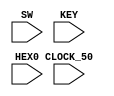
module divider (CLOCK_50, SW, KEY, HEX0);

    input CLOCK_50;
    input [1:0] SW;
    input [1:0] KEY;
    input [6:0] HEX0;
    wire [31:0] ratedivider_out;
    wire [3:0] displaycounter_out;
    wire displaycounter_enable;
    reg [31:0] period;

    assign displaycounter_enable = (ratedivider_out == 0) ? 1 : 0;

    always @ (SW)
    begin
        case(SW[1:0])
            2'b00: period <= 1;
            2'b01: period <= 50000000;
            2'b10: period <= 100000000;
            2'b11: period <= 200000000;
            default: period <= 0;
        endcase
    end

    ratedivider u0 (
        .clock(CLOCK_50),
        .reset_n(KEY[0]),
        .period(period),
        .q(ratedivider_out)
    );

    displaycounter u1 (
        .clock(CLOCK_50),
        .reset_n(KEY[0]),
        .enable(displaycounter_enable),
        .q(displaycounter_out)
    );

    sevenseg u2 (
        .Data(displaycounter_out),
        .Display(HEX0)
    );

endmodule


module ratedivider (clock, period, reset_n, q);

    input clock;
    input reset_n;
    input [31:0] period;
    output reg [31:0] q;

    always @(posedge clock)
    begin
        if (reset_n == 1'b0)
            q <= period - 1;
        else
            begin
                if (q == 0)
                    q <= period - 1;
                else
                    q <= q - 1'b1;
        end
    end

endmodule


module displaycounter (clock, reset_n, enable, q);

    input clock;
    input reset_n;
    input enable;
    output reg [3:0] q;

    always @(posedge clock)
    begin
        if (reset_n == 1'b0)
            q <= 0;
        else if (enable == 1'b1)
            begin
                if (q == 4'b1111)
                    q <= 0;
                else
                    q <= q + 1'b1;
            end
    end

endmodule


module sevenseg (Display, Data);
	input[3:0] Data;
	output[6:0] Display;

	assign Display[0] = ~Data[3] & ~Data[2] & ~Data[1] &  Data[0] |
			 ~Data[3] &  Data[2] & ~Data[1] & ~Data[0] |
			  Data[3] &  Data[2] & ~Data[1] &  Data[0] |
			  Data[3] & ~Data[2] &  Data[1] &  Data[0];

	assign Display[1] = ~Data[3] &  Data[2] & ~Data[1] &  Data[0] |
			  Data[3] &  Data[2] & ~Data[1] & ~Data[0] |
			  Data[3] &           Data[1] &  Data[0] |
			           Data[2] &  Data[1] & ~Data[0];

	assign Display[2] =  Data[3] &  Data[2] & ~Data[1] & ~Data[0] |
			 ~Data[3] & ~Data[2] &  Data[1] & ~Data[0] |
			  Data[3] &  Data[2] &  Data[1];


	assign Display[3] = ~Data[3] &  Data[2] & ~Data[1] & ~Data[0] |
			          ~Data[2] & ~Data[1] &  Data[0] |
			           Data[2] &  Data[1] &  Data[0] |
			  Data[3] & ~Data[2] &  Data[1] & ~Data[0];

	assign Display[4] = ~Data[3] &                    Data[0] |
			 ~Data[3] &  Data[2] & ~Data[1]          |
			          ~Data[2] & ~Data[1] &  Data[0];


	assign Display[5] = ~Data[3] & ~Data[2]          &  Data[0] |
			 ~Data[3] & ~Data[2] &  Data[1]          |
			 ~Data[3] &           Data[1] &  Data[0] |
			  Data[3] &  Data[2] & ~Data[1] &  Data[0];

	assign Display[6] = ~Data[3] & ~Data[2]  & ~Data[1]         |
			 ~Data[3] &  Data[2] &  Data[1] &  Data[0] |
			  Data[3] &  Data[2] & ~Data[1] & ~Data[0];

endmodule